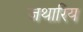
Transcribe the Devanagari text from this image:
जथारिय